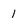
Character: 1